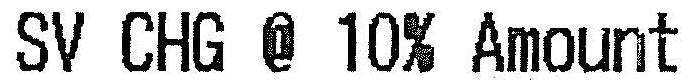
SV CHG @ 10% AMOUNT